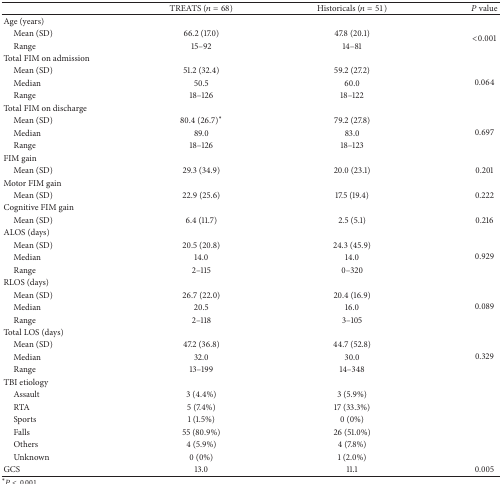
|  | TREATS (n = 68) | Historicals (n = 51) | P value |
 | --- | --- | --- | --- |
 | Age (years) |  |  |  |
 | Mean (SD) | 66.2 (17.0) | 47.8 (20.1) | <ROWSPAN=2> <0.001 |
 | Range | 15–92 | 14–81 |
 | Total FIM on admission |  |  |  |
 | Mean (SD) | 51.2 (32.4) | 59.2 (27.2) | <ROWSPAN=3> 0.064 |
 | Median | 50.5 | 60.0 |
 | Range | 18–126 | 18–122 |
 | Total FIM on discharge |  |  |  |
 | Mean (SD) | 80.4 (26.7)* | 79.2 (27.8) | <ROWSPAN=3> 0.697 |
 | Median | 89.0 | 83.0 |
 | Range | 18–126 | 18–123 |
 | FIM gain |  |  |  |
 | Mean (SD) | 29.3 (34.9) | 20.0 (23.1) | 0.201 |
 | Motor FIM gain |  |  |  |
 | Mean (SD) | 22.9 (25.6) | 17.5 (19.4) | 0.222 |
 | Cognitive FIM gain |  |  |  |
 | Mean (SD) | 6.4 (11.7) | 2.5 (5.1) | 0.216 |
 | ALOS (days) |  |  |  |
 | Mean (SD) | 20.5 (20.8) | 24.3 (45.9) | <ROWSPAN=3> 0.929 |
 | Median | 14.0 | 14.0 |
 | Range | 2–115 | 0–320 |
 | RLOS (days) |  |  |  |
 | Mean (SD) | 26.7 (22.0) | 20.4 (16.9) | <ROWSPAN=3> 0.089 |
 | Median | 20.5 | 16.0 |
 | Range | 2–118 | 3–105 |
 | Total LOS (days) |  |  |  |
 | Mean (SD) | 47.2 (36.8) | 44.7 (52.8) | <ROWSPAN=3> 0.329 |
 | Median | 32.0 | 30.0 |
 | Range | 13–199 | 14–348 |
 | TBI etiology |  |  |  |
 | Assault | 3 (4.4%) | 3 (5.9%) |  |
 | RTA | 5 (7.4%) | 17 (33.3%) |  |
 | Sports | 1 (1.5%) | 0 (0%) |  |
 | Falls | 55 (80.9%) | 26 (51.0%) |  |
 | Others | 4 (5.9%) | 4 (7.8%) |  |
 | Unknown | 0 (0%) | 1 (2.0%) |  |
 | GCS | 13.0 | 11.1 | 0.005 |